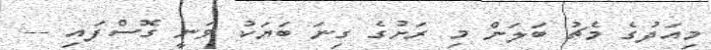
މިއަދުގެ މެޗު ބަލަން މި ރަށުގެ ގިނަ ބަޔަކު ވަނީ ގޮސްފައި --